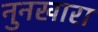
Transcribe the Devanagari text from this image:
नुनखारा